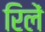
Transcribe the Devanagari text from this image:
रिलें